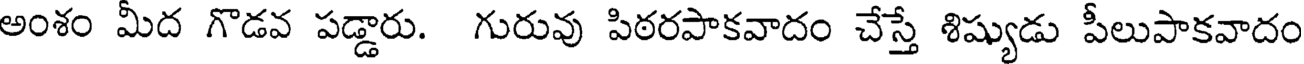
అంశం మీద గొడవ పడ్డారు. గురువు పిఠరపాకవాదం చేస్తే శిష్యుడు పీలుపాకవాదం